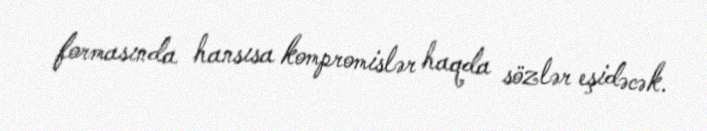
formasında hansısa kompromislər haqda sözlər eşidəcək.